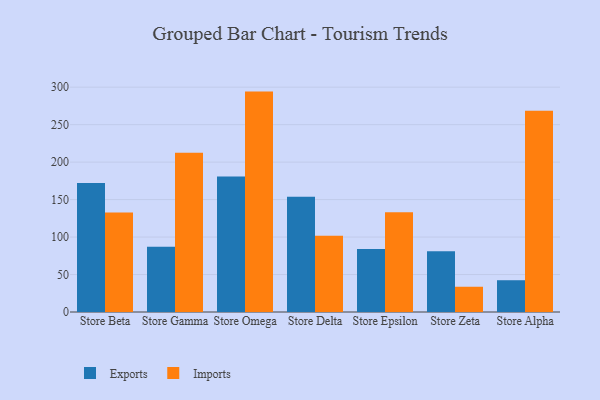
{"axis": {"x": "Store", "y": "Page Views"}, "legend": ["Exports", "Imports"], "data": [{"x": "Store Beta", "y": 172.2, "type": "Exports"}, {"x": "Store Beta", "y": 132.9, "type": "Imports"}, {"x": "Store Gamma", "y": 87.0, "type": "Exports"}, {"x": "Store Gamma", "y": 212.5, "type": "Imports"}, {"x": "Store Omega", "y": 180.7, "type": "Exports"}, {"x": "Store Omega", "y": 294.1, "type": "Imports"}, {"x": "Store Delta", "y": 153.7, "type": "Exports"}, {"x": "Store Delta", "y": 101.9, "type": "Imports"}, {"x": "Store Epsilon", "y": 84.2, "type": "Exports"}, {"x": "Store Epsilon", "y": 133.2, "type": "Imports"}, {"x": "Store Zeta", "y": 81.2, "type": "Exports"}, {"x": "Store Zeta", "y": 33.7, "type": "Imports"}, {"x": "Store Alpha", "y": 42.4, "type": "Exports"}, {"x": "Store Alpha", "y": 268.7, "type": "Imports"}]}